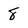
Character: 8